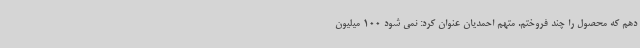
دهم که محصول را چند فروختم. متهم احمدیان عنوان کرد: نمی شود 100 میلیون